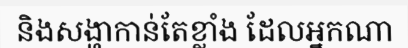
និងសង្ហាកាន់តែខ្លាំង ដែលអ្នកណា